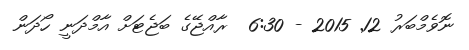
ނޮވެމްބަރު 12